Scottish Certificate of Education, 1962
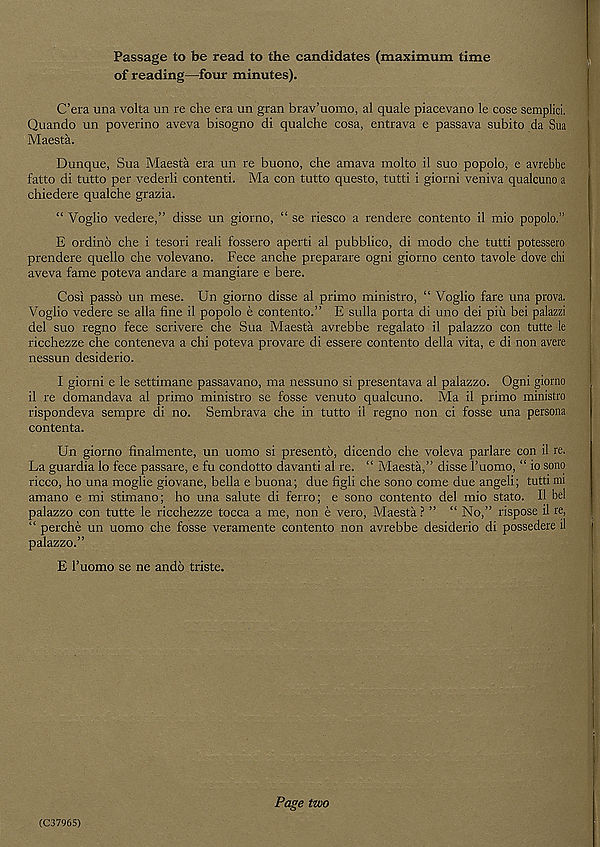
Passage to be read to the candidates (maximum time
of reading—four minutes).
C’era una volta un re che era un gran brav’uomo, al quale piacevano le cose semplici.
Quando un poverino aveva bisogno di qualche cosa, entrava e passava subito da Sua
Maesta.
Dunque, Sua Maesta era un re buono, che amava molto il suo popolo, e avrebbe
fatto di tutto per vederli contenti. Ma con tutto questo, tutti i giorni veniva qualcuno a
chiedere qualche grazia.
“ Voglio vedere,” disse un giorno, “ se riesco a rendere contento il mio popolo.”
E ordino che i tesori reali fossero aperti al pubblico, di modo che tutti potessero
prendere quello che volevano. Fece anche preparare ogni giorno cento tavole dove chi
aveva fame poteva andare a mangiare e here.
Cosi passo un mese. Un giorno disse al primo ministro, “ Voglio fare una prova.
Voglio vedere se alia fine il popolo e contento.” E sulla porta di uno dei pin bei palazzi
del suo regno fece scrivere che Sua Maesta avrebbe regalato il palazzo con tutte le
ricchezze che conteneva a chi poteva provare di essere contento della vita, e di non avere
nessun desiderio.
I giorni e le settimane passavano, ma nessuno si presentava al palazzo. Ogni giorno
il re domandava al primo ministro se fosse venuto qualcuno. Ma il primo ministro
rispondeva sempre di no. Sembrava che in tutto ii regno non ci fosse una persona
contenta.
Un giorno finalmente, un uomo si presento, dicendo che voleva parlare con il re.
La guardia lo fece passare, e fu condotto davanti al re. “ Maesta,” disse Fuomo, “ io sono
ricco, ho una moglie giovane, bella e buona; due figli che sono come due angeli; tutti mi
amano e mi stimano; ho una salute di ferro; e sono contento del mio stato. Il bel
palazzo con tutte le ricchezze tocca a me, non e vero, Maesta ? ” “ No,” rispose il re,
“ perche un uomo che fosse veramente contento non avrebbe desiderio di possedere il
palazzo.”
E I’uomo se ne ando triste.
(C3796S)
Page two